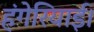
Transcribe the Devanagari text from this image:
हंगेरियाई।